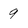
Character: 9